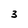
Character: 3